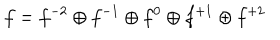
LaTeX: f = f ^ { - 2 } \oplus f ^ { - 1 } \oplus f ^ { 0 } \oplus f ^ { + 1 } \oplus f ^ { + 2 }